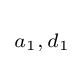
\scriptstyle a_{1},\,d_{1}